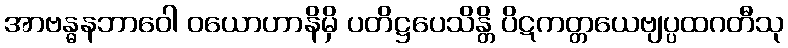
အာဗန္ဓနဘာဝေါ ဝယောဟာနိမှိ ပတိဋ္ဌပေသိန္တိ ပိဋကတ္တယေဗျပ္ပထဂတီသု